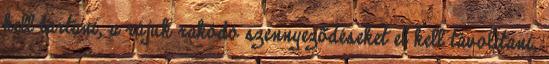
kell tartani, a rájuk rakódó szennyezõdéseket el kell távolítani,